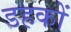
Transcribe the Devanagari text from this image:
डहकों